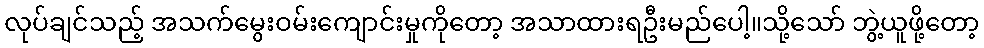
လုပ်ချင်သည့် အသက်မွေးဝမ်းကျောင်းမှုကိုတော့ အသာထားရဦးမည်ပေါ့။သို့သော် ဘွဲ့ယူဖို့တော့